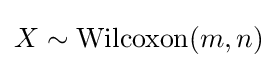
X\sim {\text{Wilcoxon}}(m,n)\,\!